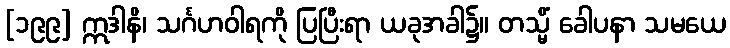
[၁၉၉] ဣဒါနိ၊ သင်္ဂဟဝါရကို ပြပြီးရာ ယခုအခါ၌။ တသ္မိံ ခေါပနာ သမယေ